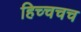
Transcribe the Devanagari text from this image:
हिच्चचच